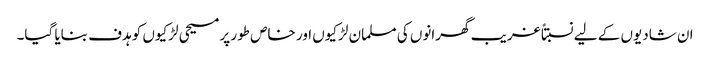
ان شادیوں کے لیے نسبتاً غریب گھرانوں کی مسلمان لڑکیوں اور خاص طور پر مسیحی لڑکیوں کو ہدف بنایا گیا۔